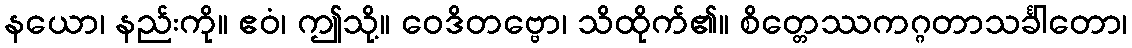
နယော၊ နည်းကို။ ဧဝံ၊ ဤသို့။ ဝေဒိတဗ္ဗော၊ သိထိုက်၏။ စိတ္တေဿကဂ္ဂတာသင်္ခါတော၊